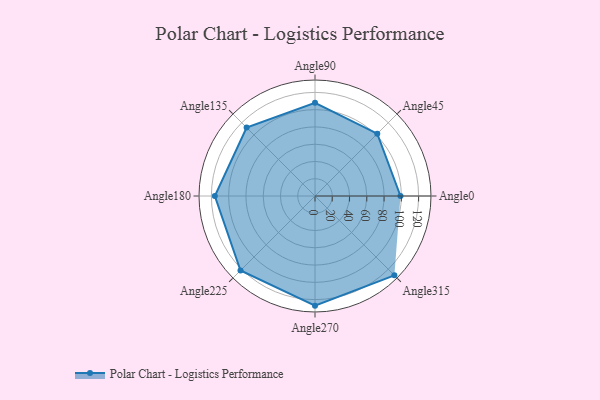
{"axis": {"x": "Angle", "y": "Radius"}, "legend": [""], "data": [{"x": "Angle0", "y": 99.0, "type": ""}, {"x": "Angle45", "y": 102.0, "type": ""}, {"x": "Angle90", "y": 108.0, "type": ""}, {"x": "Angle135", "y": 112.0, "type": ""}, {"x": "Angle180", "y": 116.0, "type": ""}, {"x": "Angle225", "y": 122.0, "type": ""}, {"x": "Angle270", "y": 127.0, "type": ""}, {"x": "Angle315", "y": 130.0, "type": ""}]}